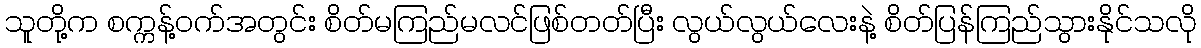
သူတို့က စက္ကန့်ဝက်အတွင်း စိတ်မကြည်မလင်ဖြစ်တတ်ပြီး လွယ်လွယ်လေးနဲ့ စိတ်ပြန်ကြည်သွားနိုင်သလို